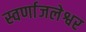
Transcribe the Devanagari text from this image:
स्वर्णाजलेश्वर